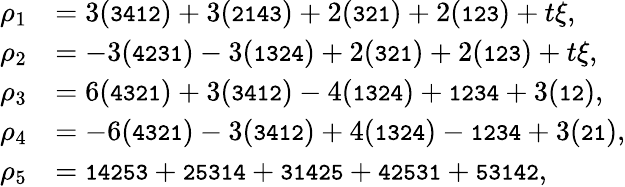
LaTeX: \begin{array}{rl}{\rho_{1}}&{=3({\small\mathrm{\tt{3412}}})+3({\small\mathrm{\tt{2143}}})+2({\small\mathrm{\tt{321}}})+2({\small\mathrm{\tt{123}}})+t\xi,}\\ {\rho_{2}}&{=-3({\small\mathrm{\tt{4231}}})-3({\small\mathrm{\tt{1324}}})+2({\small\mathrm{\tt{321}}})+2({\small\mathrm{\tt{123}}})+t\xi,}\\ {\rho_{3}}&{=6({\small\mathrm{\tt{4321}}})+3({\small\mathrm{\tt{3412}}})-4({\small\mathrm{\tt{1324}}})+{\small\mathrm{\tt{1234}}}+3({\small\mathrm{\tt{12}}}),}\\ {\rho_{4}}&{=-6({\small\mathrm{\tt{4321}}})-3({\small\mathrm{\tt{3412}}})+4({\small\mathrm{\tt{1324}}})-{\small\mathrm{\tt{1234}}}+3({\small\mathrm{\tt{21}}}),}\\ {\rho_{5}}&{={\small\mathrm{\tt{14253}}}+{\small\mathrm{\tt{25314}}}+{\small\mathrm{\tt{31425}}}+{\small\mathrm{\tt{42531}}}+{\small\mathrm{\tt{53142}}},}\end{array}